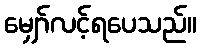
မျှော်လင့်ရပေသည်။